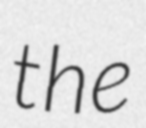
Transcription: the